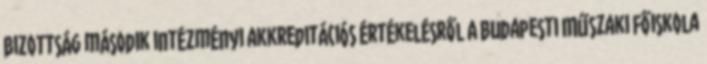
Bizottság második intézményi akkreditációs értékelésről A Budapesti Műszaki Főiskola